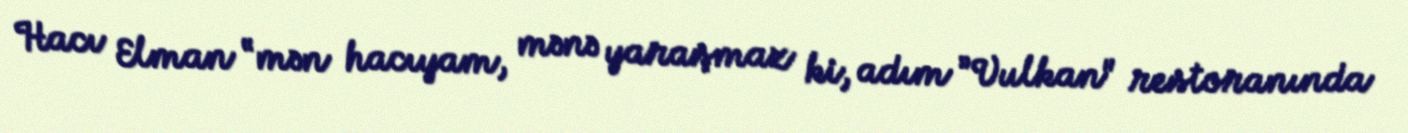
Hacı Elman “mən hacıyam, mənə yaraşmaz ki, adım ”Vulkan" restoranında